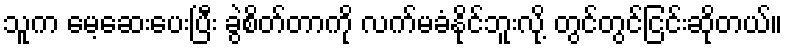
သူက မေ့ဆေးပေးပြီး ခွဲစိတ်တာကို လက်မခံနိုင်ဘူးလို့ တွင်တွင်ငြင်းဆိုတယ်။